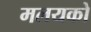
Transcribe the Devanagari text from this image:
मलयको